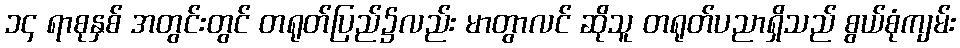
၁၄ ရာစုနှစ် အတွင်းတွင် တရုတ်ပြည်၌လည်း မာတွာလင် ဆိုသူ တရုတ်ပညာရှိသည် စွယ်စုံကျမ်း